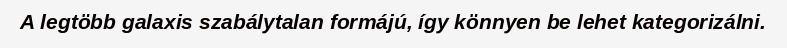
A legtöbb galaxis szabálytalan formájú, így könnyen be lehet kategorizálni.